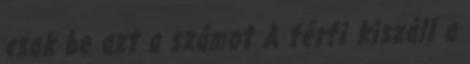
csak be azt a számot A férfi kiszáll a